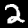
Digit: 2